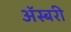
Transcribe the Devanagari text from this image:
ॲस्बरी